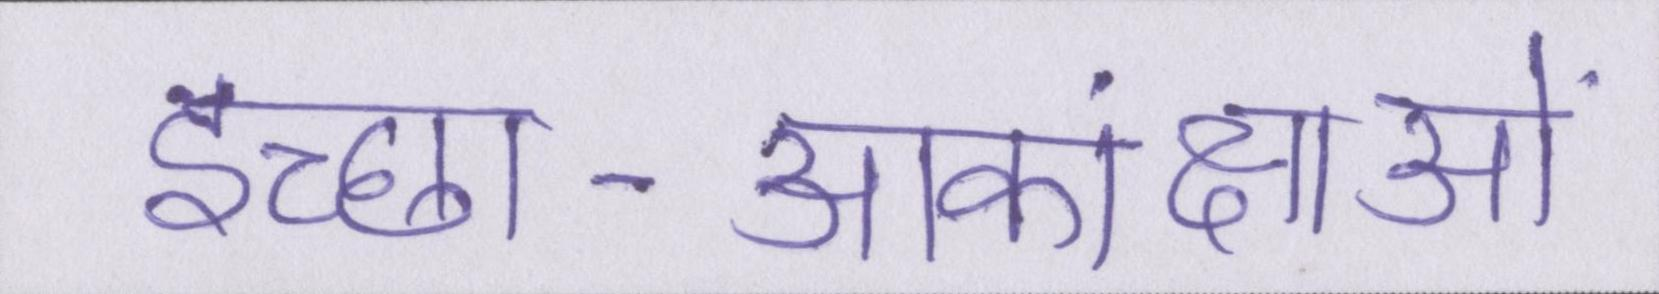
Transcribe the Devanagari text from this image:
इच्छा-आकांक्षाओं